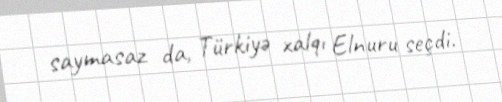
saymasaz da, Türkiyə xalqı Elnuru seçdi.